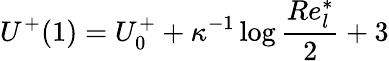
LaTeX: U^{+}(1)=U_{0}^{+}+\kappa^{-1}\log\frac{Re_{l}^{*}}{2}+3